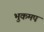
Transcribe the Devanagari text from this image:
भुकमप